Haapsalu_Metskond, lk 18
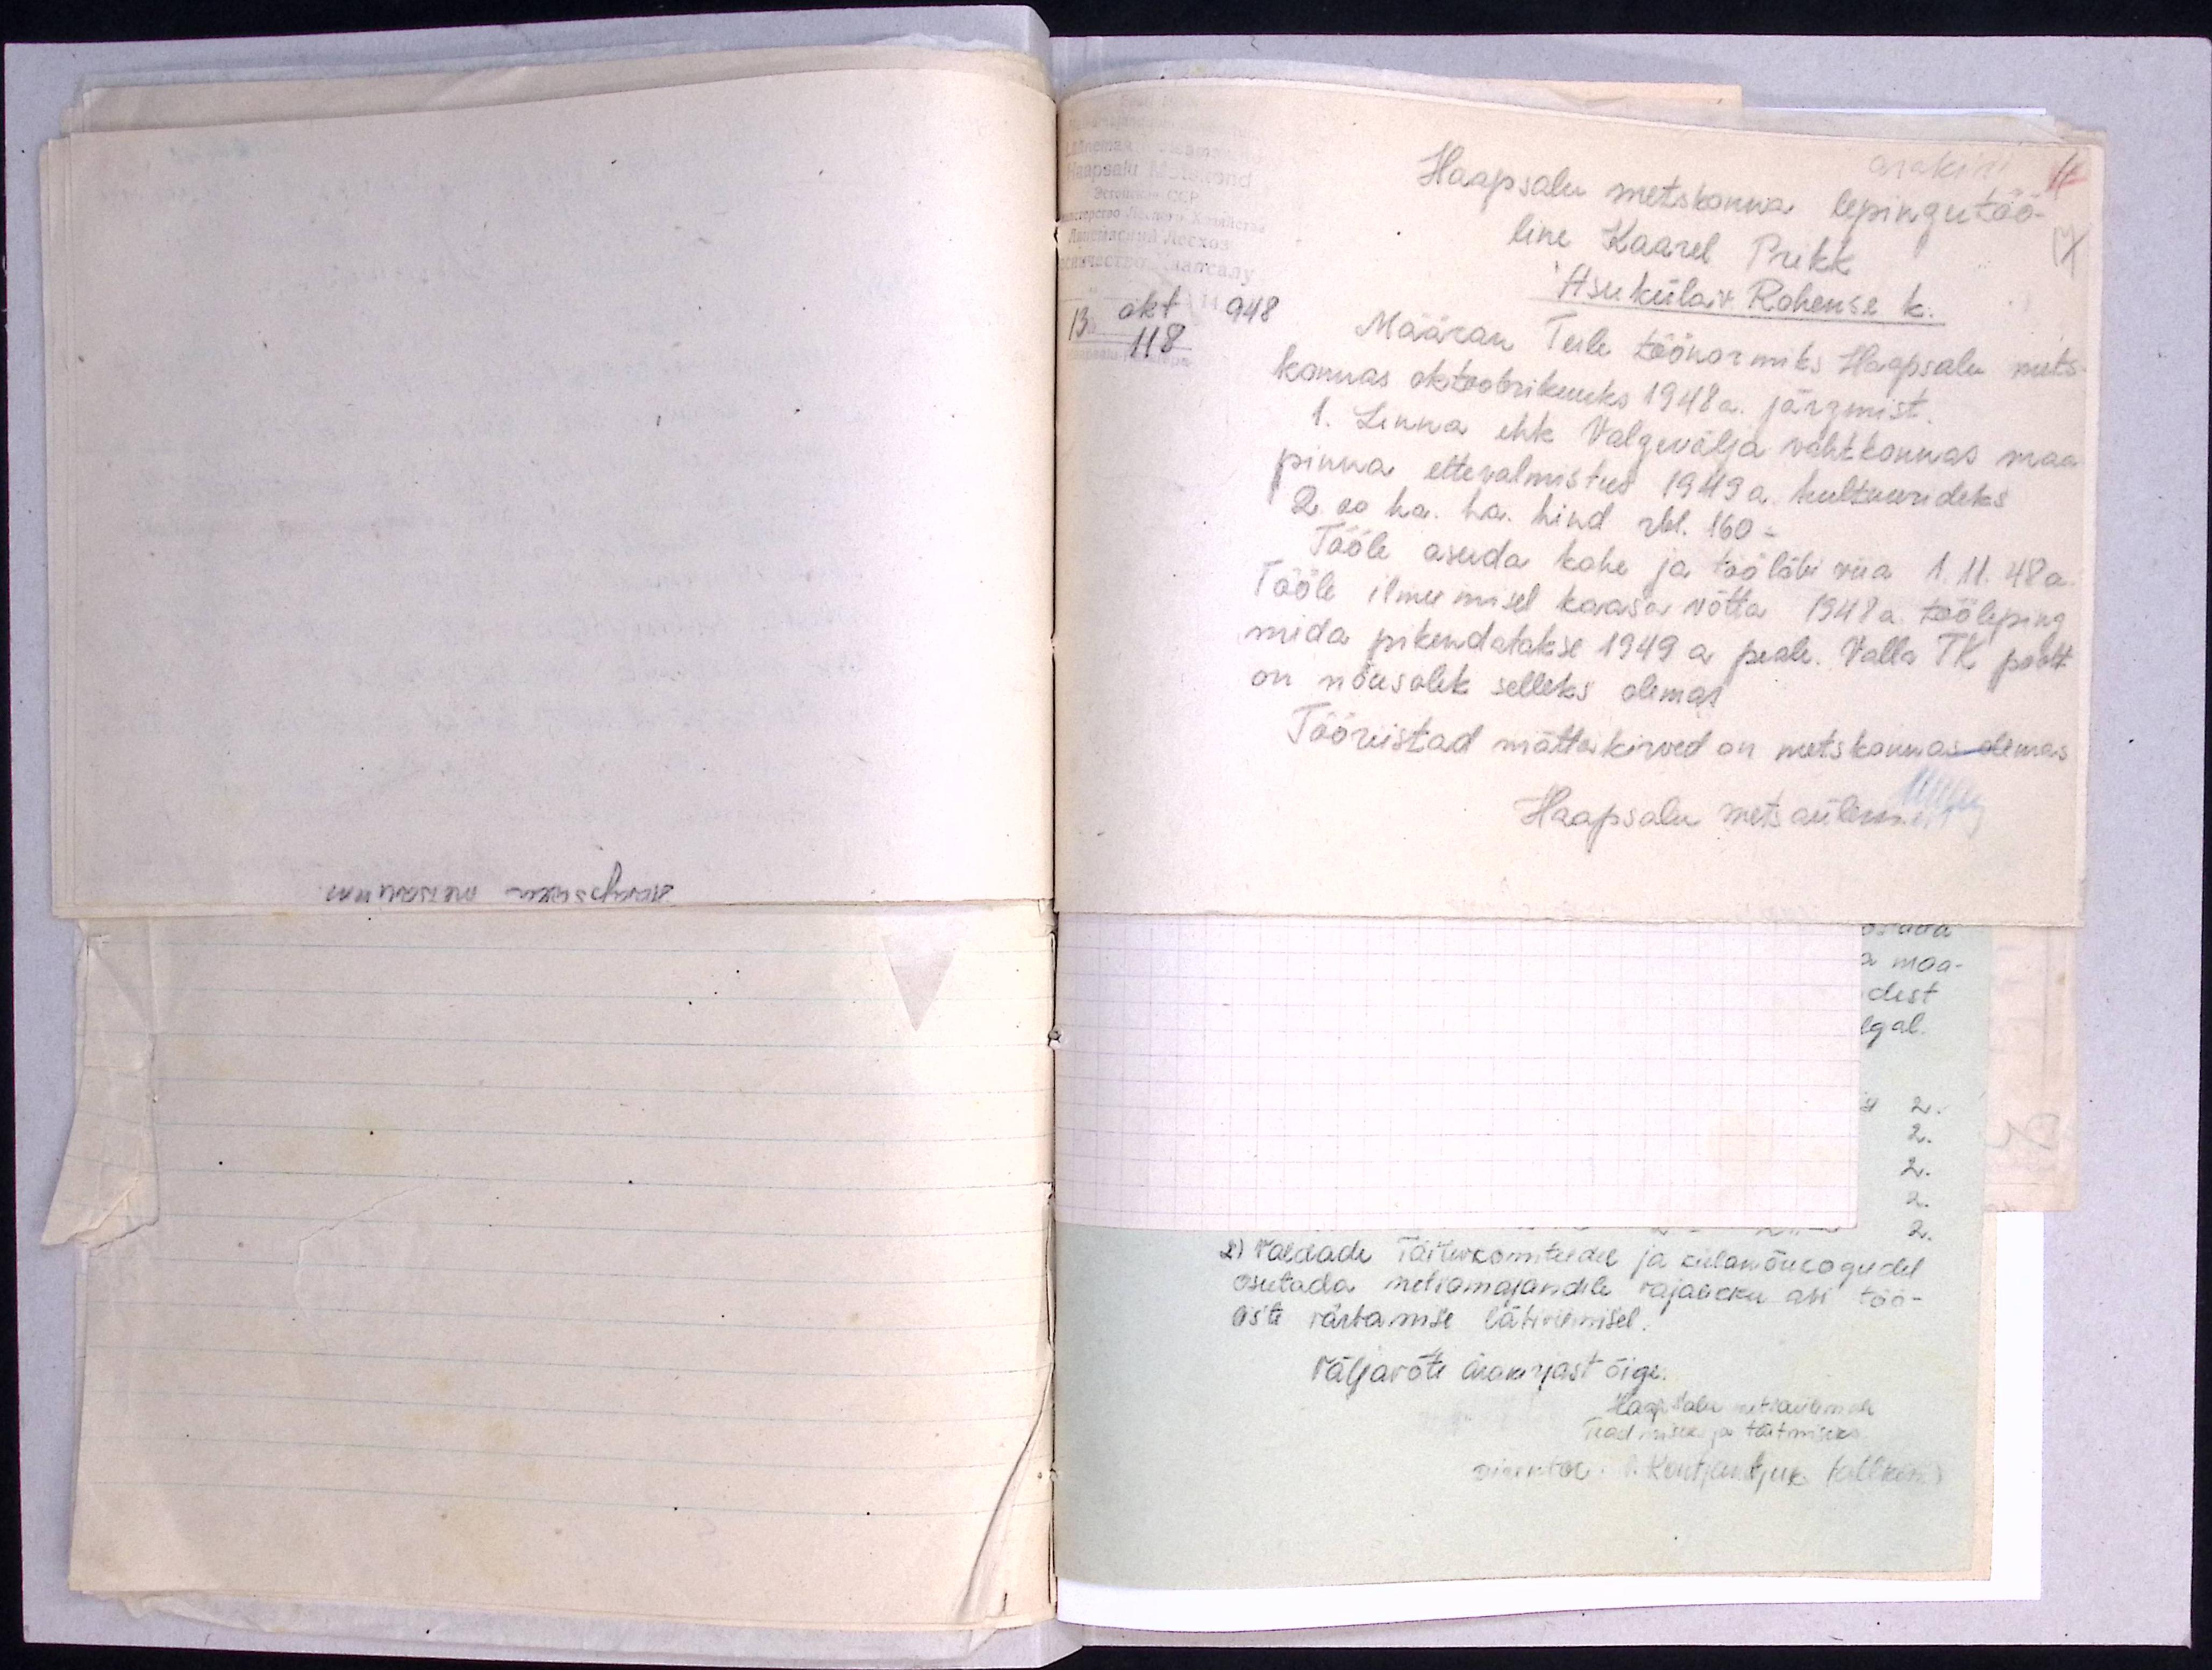
ärakiri
Haapsalu metskonna lepingutöö-
line Kaarel Prikk.
17.
Asuküla v. Rohense k.
13 okt 1948
118
Määran Teile töönormiks Haapsalu mets-
konnas oktoobrikuuks 1948 a. järgmist.
1. Linna ehk Valgevälja vahtkonnas maa-
pinna ettevalmistus 1949 a. kultuurideks
2 00 ha. ha. hind rbl. 160-
Tööle asuda kohe ja töö läbi viia 1.11. 48a.
Tööle ilmumisel kaasa võtta 1948 a. tööleping
mida pikendatakse 1949 a peale. Valla TK poolt
on nõusolek selleks olemas
Tööriistad mättakirved on metskonnas olemas
Haapsalu metsaülem